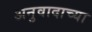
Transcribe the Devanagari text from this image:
अनुवादाच्‍या